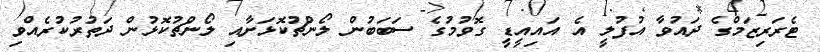
ޓެރަރިޒަމްގެ ދައުވާ އުފުލީ އެ އައިއީޑީ ގޮވުމުގެ ސަބަބުން ލޯންޗުކޮޅަށާއި ލޯންޗުކޮޅުން ދަތުރުކުރެއްވި